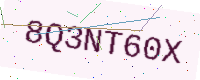
Text: 8Q3NT60X